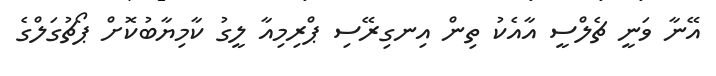
އޭނާ ވަނީ ޗެލްސީ އާއެކު ތިން އިނގިރޭސި ޕްރިމިއާ ލީގު ކާމިޔާބުކޮށް ޕޯޗުގަލްގެ